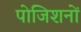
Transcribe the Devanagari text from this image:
पोजिशनों